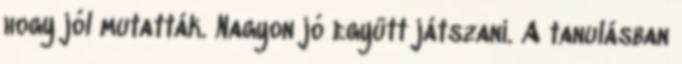
hogy jól mutatták. Nagyon jó együtt játszani. A tanulásban